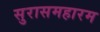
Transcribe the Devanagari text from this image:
सुरासमहारम